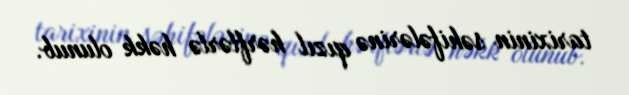
tarixinin səhifələrinə qızıl hərflərlə həkk olunub.